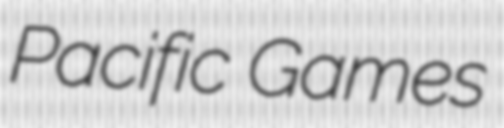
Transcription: Pacific Games